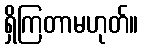
ရှိကြတာမဟုတ်။